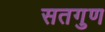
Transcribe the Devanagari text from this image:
सतगुण